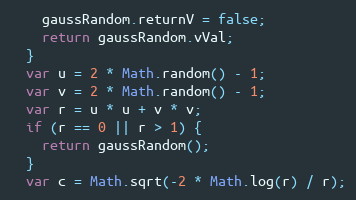
Language: JavaScript
    gaussRandom.returnV = false;
    return gaussRandom.vVal;
  }
  var u = 2 * Math.random() - 1;
  var v = 2 * Math.random() - 1;
  var r = u * u + v * v;
  if (r == 0 || r > 1) {
    return gaussRandom();
  }
  var c = Math.sqrt(-2 * Math.log(r) / r);